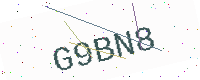
Text: G9BN8